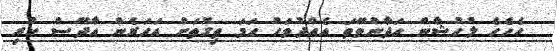
ހެހެހެ ލުހުޝާން ހަދާންވޭތަ އެއްދުވަހު ހަމަ ތިގޮތަށް އަހަރެން އާދޭސް ކުރި